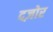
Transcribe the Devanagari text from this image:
दज़ोर